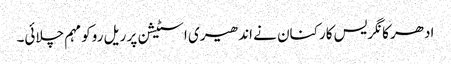
ادھر کانگریس کارکنان نے اندھیری اسٹیشن پر ریل روکو مہم چلائی۔